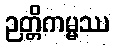
ဉတ္တိကမ္မဿ